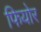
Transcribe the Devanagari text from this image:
फियोर